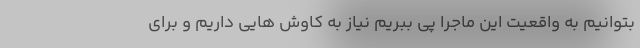
بتوانیم به واقعیت این ماجرا پی ببریم نیاز به کاوش هایی داریم و برای